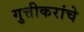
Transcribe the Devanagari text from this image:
गुत्तीकरांचे